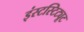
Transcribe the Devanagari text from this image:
इंस्टस्टिट्यूट